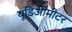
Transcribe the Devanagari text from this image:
यूडिओमीटर